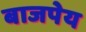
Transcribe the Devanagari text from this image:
बाजपेय